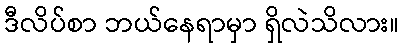
ဒီလိပ်စာ ဘယ်နေရာမှာ ရှိလဲသိလား။